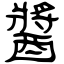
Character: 醬